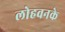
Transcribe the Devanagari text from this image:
लोहवनके